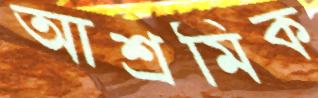
আশ্রমিক